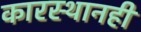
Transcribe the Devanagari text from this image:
कारस्थानही